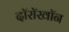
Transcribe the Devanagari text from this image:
दॉरॉखॉन